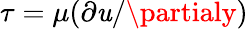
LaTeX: \tau=\mu(\partial\mathit{u}/\partialy)